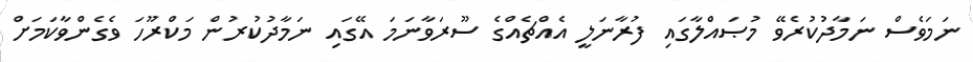
ނަމަވެސް ނަމާދުކުރެވޭ މުޞައްލާގައި ފުރާނަލީ އެއްޗެއްގެ ސޫރަވާނަމަ އޭގައި ނަމާދުކުރުން މަކްރޫހަ ވެގެންވާކަމަށް